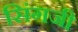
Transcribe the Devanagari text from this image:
सिंगजी